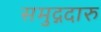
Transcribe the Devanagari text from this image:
समुद्गदारु